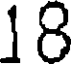
18